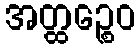
အတ္ထဉ္စေဝ